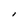
Character: I